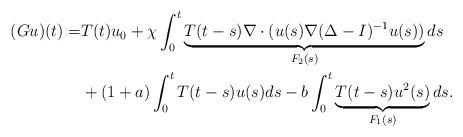
LaTeX: \begin{align*}(Gu)(t)=& T(t)u_{0} +\chi\int_{0}^{t} \underbrace{T(t-s)\nabla\cdot ( u(s) \nabla (\Delta-I)^{-1}u(s))}_{F_2(s)}ds\\& +(1+a)\int_{0}^{t} T(t-s)u(s)ds-b\int_{0}^{t} \underbrace{T(t-s)u^{2}(s)}_{F_1(s)}ds.\end{align*}